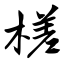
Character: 槎